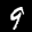
Label: 9